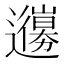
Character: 𨘳